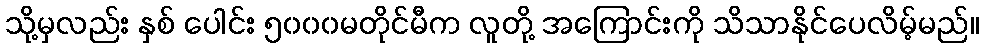
သို့မှလည်း နှစ် ပေါင်း ၅၀၀၀မတိုင်မီက လူတို့ အကြောင်းကို သိသာနိုင်ပေလိမ့်မည်။